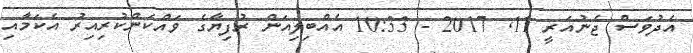
އެދުވަސް ޖެނުއަރީ 11